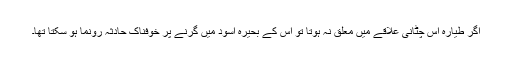
اگر طیارہ اس چٹانی علاقے میں معلق نہ ہوتا تو اُس کے بحیرہ اسود میں گرنے پر خوفناک حادثہ رونما ہو سکتا تھا۔